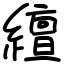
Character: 繵